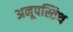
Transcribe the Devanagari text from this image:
अनूपस्तिथ